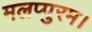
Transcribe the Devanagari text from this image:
मलप्पुरम।